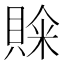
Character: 𮚒